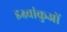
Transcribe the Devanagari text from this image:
इक्ष्वांकुओं